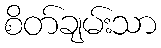
စိတ်ချမ်းသာ